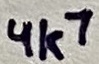
Text: 4k7